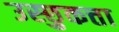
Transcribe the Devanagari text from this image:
उस्छुकत्ता